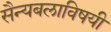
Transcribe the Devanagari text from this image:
सैन्यबलाविषयी